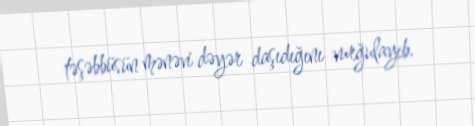
təşəbbüsün mənəvi dəyər daşıdığını vurğulayıb.